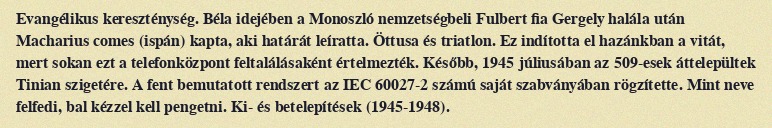
Evangélikus kereszténység. Béla idejében a Monoszló nemzetségbeli Fulbert fia Gergely halála után Macharius comes (ispán) kapta, aki határát leíratta. Öttusa és triatlon. Ez indította el hazánkban a vitát, mert sokan ezt a telefonközpont feltalálásaként értelmezték. Később, 1945 júliusában az 509-esek áttelepültek Tinian szigetére. A fent bemutatott rendszert az IEC 60027-2 számú saját szabványában rögzítette. Mint neve felfedi, bal kézzel kell pengetni. Ki- és betelepítések (1945-1948).